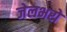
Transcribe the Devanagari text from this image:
जेलभरो